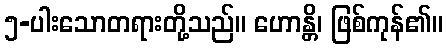
၅-ပါးသောတရားတို့သည်။ ဟောန္တိ၊ ဖြစ်ကုန်၏။